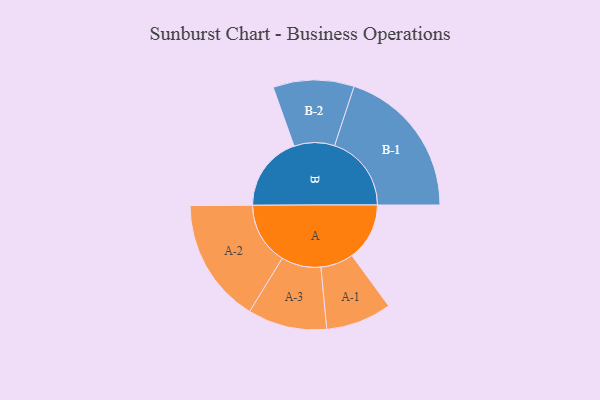
{"axis": {"x": "Segment", "y": "Value"}, "legend": ["", "A", "B"], "data": [{"x": "A", "y": 198, "type": ""}, {"x": "B", "y": 260, "type": ""}, {"x": "A-1", "y": 113, "type": "A"}, {"x": "A-2", "y": 214, "type": "A"}, {"x": "A-3", "y": 136, "type": "A"}, {"x": "B-1", "y": 264, "type": "B"}, {"x": "B-2", "y": 139, "type": "B"}]}